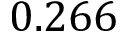
0 . 2 6 6